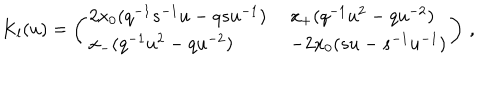
K _ { l } ( u ) = \left( \begin{array} { l l } { { 2 x _ { 0 } ( q ^ { - 1 } s ^ { - 1 } u - q s u ^ { - 1 } ) \; } } & { { x _ { + } ( q ^ { - 1 } u ^ { 2 } - q u ^ { - 2 } ) } } \\ { { x _ { - } ( q ^ { - 1 } u ^ { 2 } - q u ^ { - 2 } ) \; } } & { { - 2 x _ { 0 } ( s u - s ^ { - 1 } u ^ { - 1 } ) } } \\ \end{array} \right) \, ,